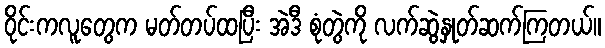
ဝိုင်းကလူတွေက မတ်တပ်ထပြီး အဲဒီ စုံတွဲကို လက်ဆွဲနှုတ်ဆက်ကြတယ်။